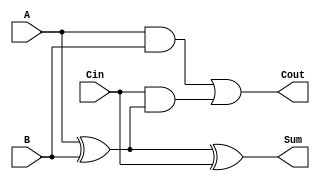
module FullAdder (
    input wire A,      // First input bit
    input wire B,      // Second input bit
    input wire Cin,    // Carry-in bit
    output wire Sum,   // Sum output
    output wire Cout   // Carry-out output
);

// Intermediate wire to hold the result of A XOR B
wire AxorB;

// XOR operation for Sum calculation
assign AxorB = A ^ B;   // A XOR B
assign Sum = AxorB ^ Cin; // (A XOR B) XOR Cin

// Carry-out calculation
assign Cout = (A & B) | (Cin & AxorB); // (A AND B) OR (Cin AND (A XOR B))

endmodule